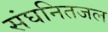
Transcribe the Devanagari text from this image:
संघनितजल